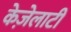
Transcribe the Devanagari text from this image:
केज़ेलाटी